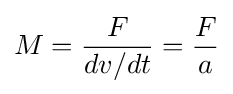
M={\frac {F}{dv/dt}}={F \over a}